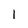
Character: l